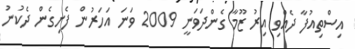
އިސްތިއުފާ ދެއްވި އިރު ޒޫމާ ގެންދަވަނީ 2009 ވަނަ އަހަރުން ފެށިގެން ދެކުނު